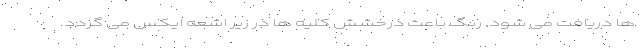
ها دریافت می شود. رنگ باعث درخشش کلیه ها در زیر اشعه ایکس می گردد.